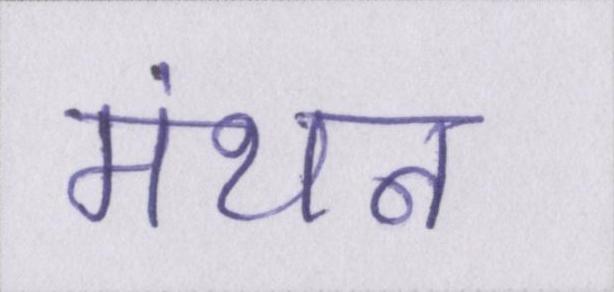
मंथन